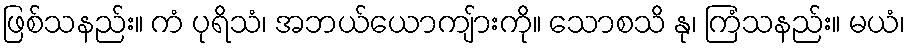
ဖြစ်သနည်း။ ကံ ပုရိသံ၊ အဘယ်ယောကျ်ားကို။ သောစသိ နု၊ ကြံသနည်း။ မယံ၊